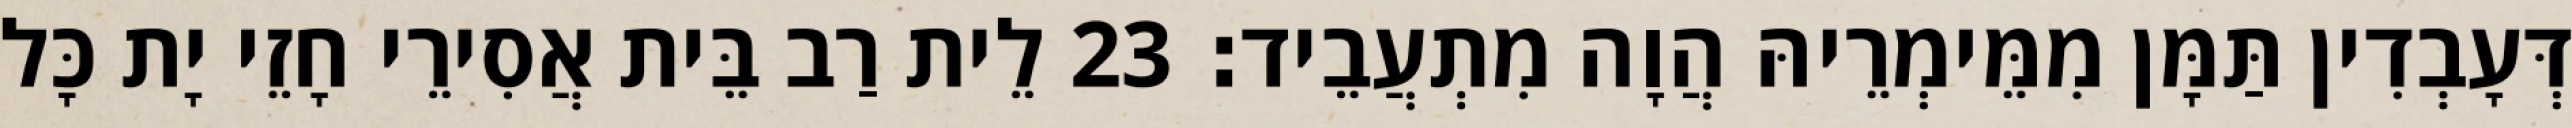
דְּעָבְדִין תַּמָּן מִמֵּימְרֵיהּ הֲוָה מִתְעֲבֵיד׃ 23 לֵית רַב בֵּית אֲסִירֵי חָזֵי יָת כָּל